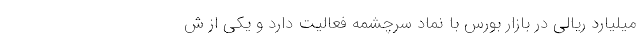
میلیارد ریالی در بازار بورس با نماد سرچشمه فعالیت دارد و یکی از ش